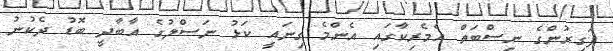
ފަގީރުންގެ ނިސްބަތް އެމެރިކާގައި އެންމެ ގިނައީ ކަޅު ނަސްލުގެ އާބާދީ ބޮޑު ދެކުނު